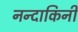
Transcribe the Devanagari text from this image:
नन्दाकिनी